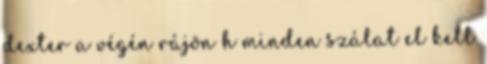
dexter a végén rájön h minden szálat el kell